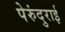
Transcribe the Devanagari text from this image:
पेरुंदुराई